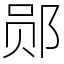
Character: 郧